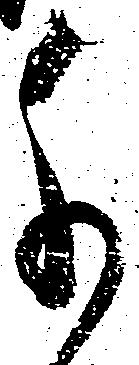
千